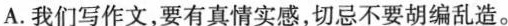
A.我们写作文，要有真情实感，切忌不要胡编乱造。